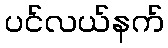
ပင်လယ်နက်